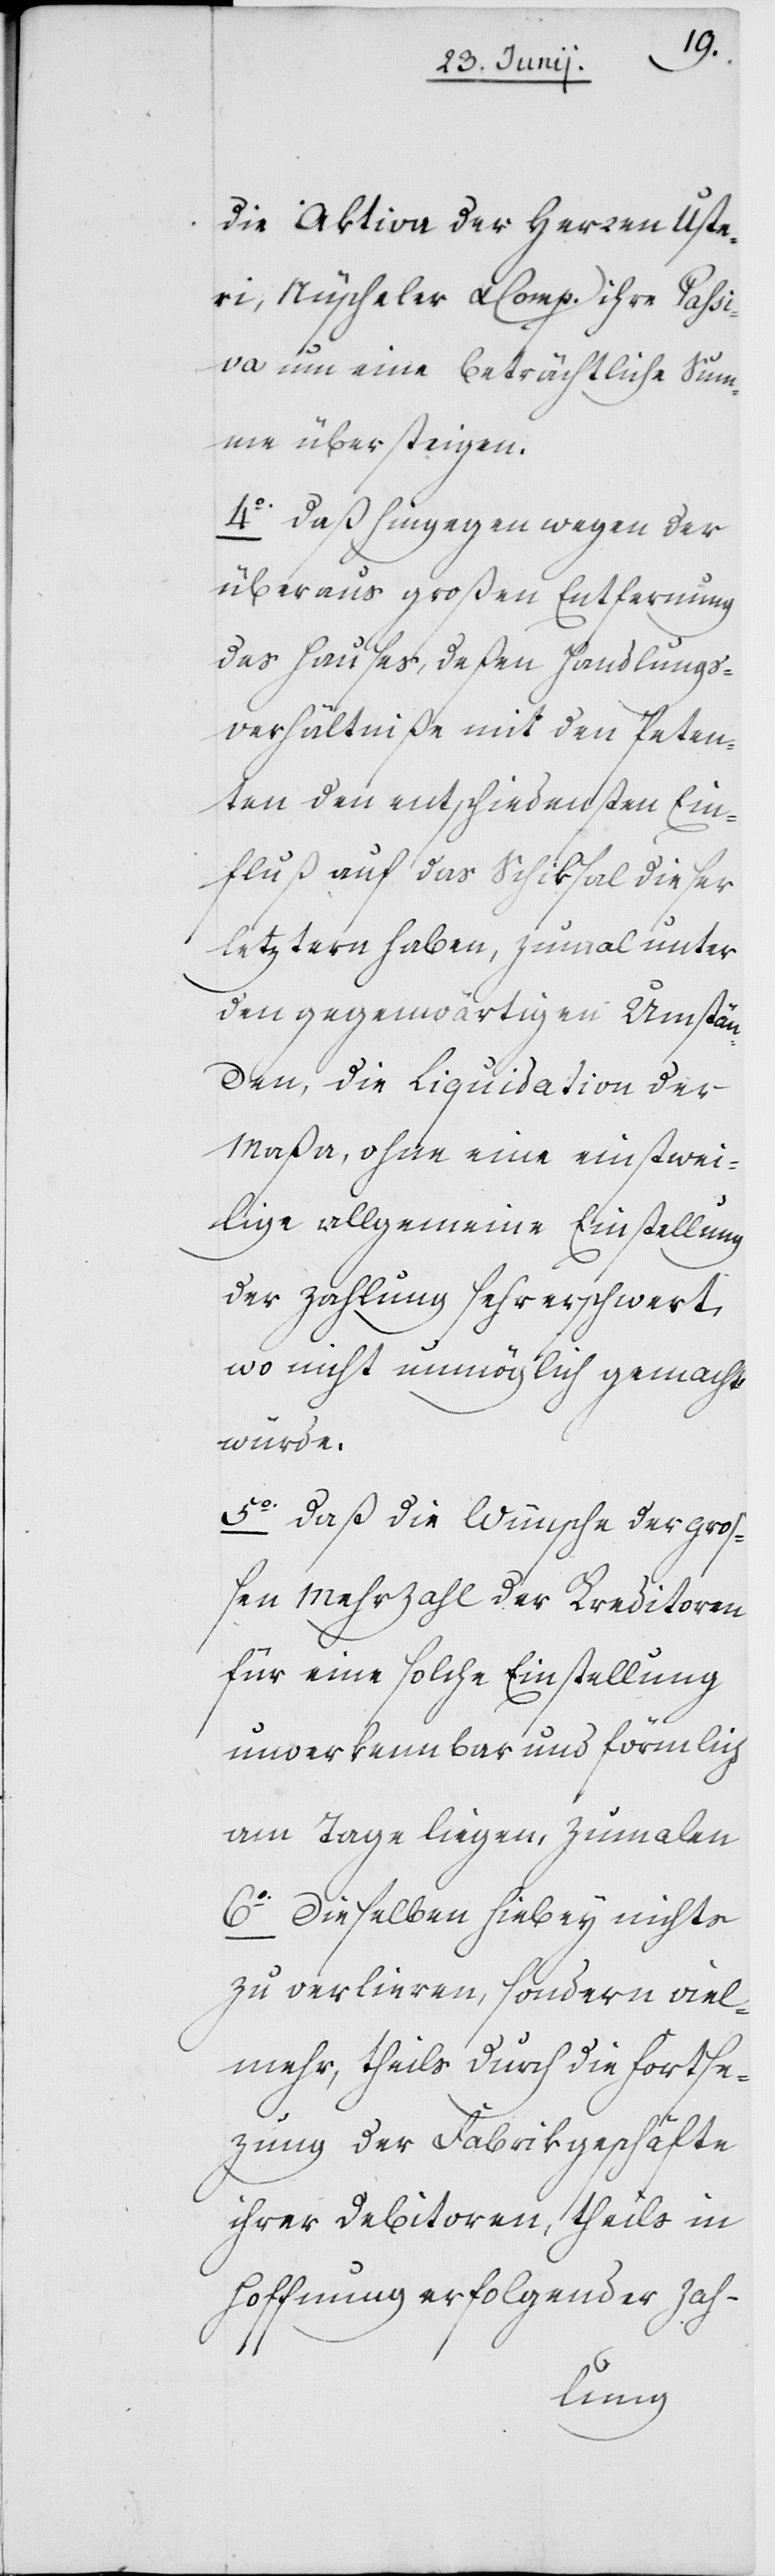
die Aktiva der Herren Uste¬
ri, Nüscheler & Comp. ihre Passi¬
va um eine beträchtliche Sum¬
me übersteigen.
4o daß hingegen wegen der
überaus großen Entfernung
des Hauses, deßen Handlungs¬
verhältniße mit den Peten¬
ten den entschiedensten Ein¬
fluß auf das Schiksal dieser
letztern haben, zumal unter
den gegenwärtigen Umstän¬
den, die Liquidation der
Maßa, ohne eine einstwei¬
lige allgemeine Einstellung
der Zahlung sehr erschwert,
wo nicht unmöglich gemacht
würde.
5o daß die Wünsche der groß¬
en Mehrzahl der Kreditoren
für eine solche Einstellung
unverkennbar und förmlich
am Tage liegen, Zumalen
6o dieselben hiebey nichts
zu verliren, sondern viel¬
mehr, theils durch die fortse¬
zung der Fabrikgeschäfte
ihrer Debitoren, theils in
Hoffnung erfolgender Zah-